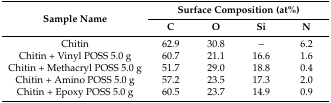
<table><thead><tr><td rowspan="2"><b>Sample Name</b></td><td colspan="4"><b>Surface Composition (at%)</b></td></tr><tr><td><b>C</b></td><td><b>O</b></td><td><b>Si</b></td><td><b>N</b></td></tr></thead><tbody><tr><td>Chitin</td><td>62.9</td><td>30.8</td><td>–</td><td>6.2</td></tr><tr><td>Chitin + Vinyl POSS 5.0 g</td><td>60.7</td><td>21.1</td><td>16.6</td><td>1.6</td></tr><tr><td>Chitin + Methacryl POSS 5.0 g</td><td>51.7</td><td>29.0</td><td>18.8</td><td>0.4</td></tr><tr><td>Chitin + Amino POSS 5.0 g</td><td>57.2</td><td>23.5</td><td>17.3</td><td>2.0</td></tr><tr><td>Chitin + Epoxy POSS 5.0 g</td><td>60.5</td><td>23.7</td><td>14.9</td><td>0.9</td></tr></tbody></table>